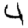
Digit: 4